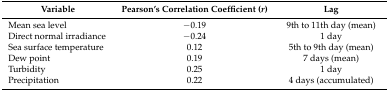
<table><thead><tr><td><b>Variable</b></td><td><b>Pearson’s Correlation Coefficient (<i>r</i>)</b></td><td><b>Lag</b></td></tr></thead><tbody><tr><td>Mean sea level</td><td>−0.19</td><td>9th to 11th day (mean)</td></tr><tr><td>Direct normal irradiance</td><td>−0.24</td><td>1 day</td></tr><tr><td>Sea surface temperature</td><td>0.12</td><td>5th to 9th day (mean)</td></tr><tr><td>Dew point</td><td>0.19</td><td>7 days (mean)</td></tr><tr><td>Turbidity</td><td>0.25</td><td>1 day</td></tr><tr><td>Precipitation</td><td>0.22</td><td>4 days (accumulated)</td></tr></tbody></table>